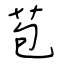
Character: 苞